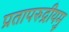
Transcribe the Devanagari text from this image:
प्रतापरुद्रीयमु